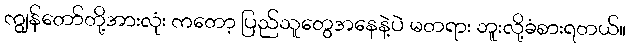
ကျွန်တော်တို့အားလုံး ကတော့ ပြည်သူတွေအနေနဲ့ပဲ မတရား ဘူးလို့ခံစားရတယ်။